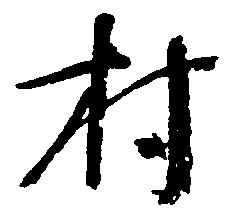
村